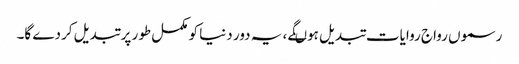
رسموں رواج روایات تبدیل ہوںگے ، یہ دور دنیا کو مکمل طور پر تبدیل کردے گا۔